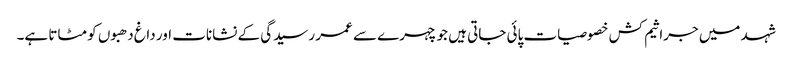
شہد میں جراثیم کش خصوصیات پائی جاتی ہیں جو چہرے سے عمر رسیدگی کے نشانات اور داغ دھبوں کو مٹاتا ہے۔